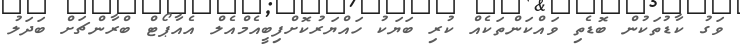
ވަގު ކާޑުތަކުން ބޮޑެތި ވައްކަންތަކެއް ކުރި ބަޔަކު ހައްޔަރުކޮށްފިބީއެމްއެލް އެއާޕޯޓް ބްރާންޗަށް ބަދަލު